Supplement to the account of plague administration in the Bombay Presidency from September 1896 till May 1897
Year: 1896
Disease focus: Plague
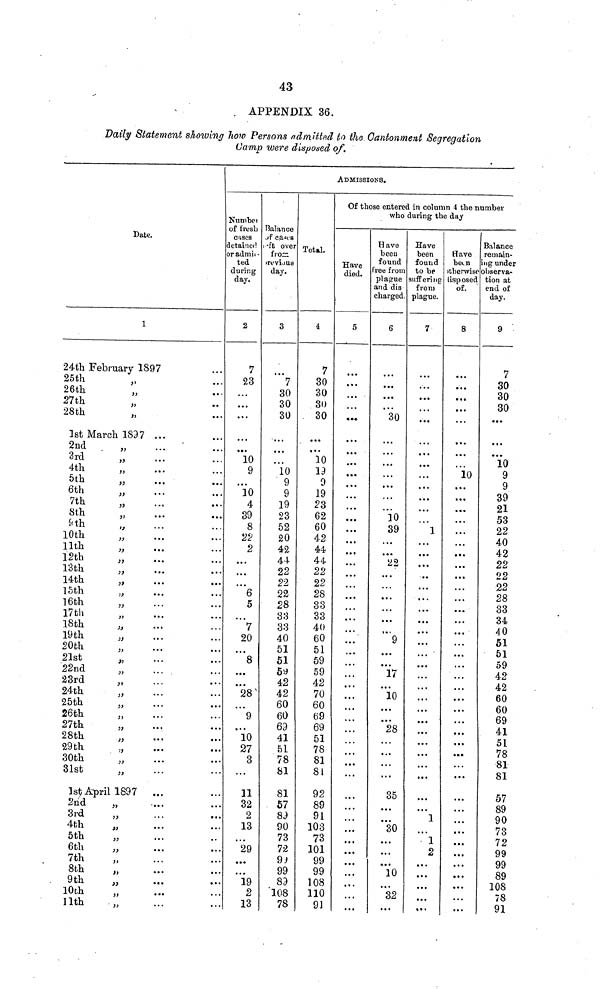
43
. APPENDIX 36.
Daily Statement showing how Persons admitted to ike Oantonment Segregation
Camp were disposed of.
Date.
1
24th February 1897 ...
25th
„ ...
26th
„
...
27th „ ...
28th „ ...
1st March 1897 ...
2nd
,,
... ...
3rd ,, ... ...
4th ,, ... ...
5th ,, ... ...
6th ,, ... ...
7th ,, ... ...
8th ,, ... ...
9th ,, ... ...
10th
„ ... ...
11th
,, ... ...
12th ,, ... ...
13th ,, ... ...
14th
„ ... ...
15th ,, ... ...
16th
„ ... ...
17th ,, ... ...
18th ,, ... ...
19th
„ ... ...
20th ,, ... ...
21st ,, ... ...
22nd ,, ... ...
23rd
,, ... ...
24th
„ ... ...
25th „ ... ...
26th „ ... ...
27th ,, ... ...
28th „ ... ...
29th „ ... ...
30th „ ... ...
31st „ ... ...
1st April 1897
... ...
2nd „ ... ...
3rd „ ... ...
4th „ ... ...
5th „ ... ...
6th „ ... ...
7th „ ... ...
8th
„
...
...
. 9th „ ... ...
10th „ ... ...
11th „ ... ...
ADMISSIONS.
Number
of tresh
cases
detained
or admit-
ted
during
day.
2
7
23
...
...
...
...
...
10
9
...
...
4
89
8
22
2
...
...
...
...
5
...
7
20
...
8
...
...
28
...
9
...
10
27
8
...
11
32
2
13
...
29
...
...
19
2
13
Balance
of cases
left over
from
previous
day.
8
...
7
30
30
30
...
...
...
10
9
9
19
23
52
20
42
44
22
22
22
28
33
33
40
51
51
59
42
42
60
60
69
41
51
78
81
81
57
89
90
73
72
90
99
89
108
78
Total.
4
7
30
30
30
. 30
...
...
10
19
9
19
23
62
60
42
44
44
22
22
28
33
33
40
60
51
59
59
42
70
60
69
69
51
78
81
81
92
89
91
103
73
101
99
99
108
110
91
Of those entered in column 4 the number
who daring the day
Have
died.
5
...
...
...
...
...
...
...
...
...
...
...
...
...
...
...
...
...
...
...
...
...
...
...
...
...
...
...
...
...
...
...
...
...
...
...
...
...
...
...
...
...
...
...
...
...
...
Have
been
found
ree from
plague
and dis
charged.
6
...
...
...
...
30
...
...
...
...
...
...
...
...
39
...
...
22
...
...
............ ............
...
...
...
9
17
...
17
...
10
...
...
28
...
...
...
...
35
...
...
30
...
...
...
10
...
32
...
Have
been
found
to be
suffering
from
plague.
7
...
...
...
...
...
...
...
...
...
...
...
...
...
1
...
...
...
...
...
...
...
...
...
...
...
...
...
...
...
...
...
...
...
...
...
...
...
...
...
...
2
...
...
...
...
...
Have
been
otherwise
disposed
of.
8
...
...
...
...
...
...
...
...
10
...
...
...
...
...
...
...
...
...
...
...
...
...
...
...
...
...
...
...
...
...
...
...
...
...
...
...
...
...
...
...
...
...
...
...
...
...
Balance
remain-
ing under
observa-
tion at
end of
day.
9
7
30
30
30
...
...
...
10
9
9
39
21
53
22
22
40 42
22
22
22
28
33
34
40
51
51
59
42
42
60
60
69
41
51
78
81
81
57
89
90
73
72
99
99
89
108
78
91